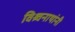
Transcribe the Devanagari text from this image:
विश्र्वनाथांनी